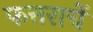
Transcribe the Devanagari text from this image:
फत्तराचें